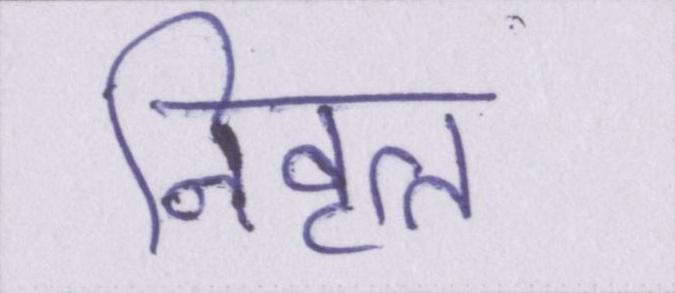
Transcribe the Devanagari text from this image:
निवृत्त